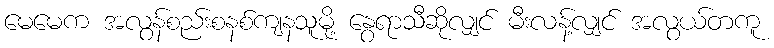
မေမေက အလွန်စည်းစနစ်ကျနသူမို့ နွေရာသီဆိုလျှင် မီးလန့်လျှင် အလွယ်တကူ